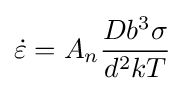
{\dot {\varepsilon }}={A_{n}}{\frac {Db^{3}\sigma }{d^{2}kT}}